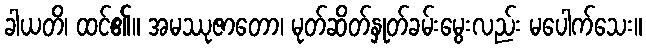
ခါယတိ၊ ထင်၏။ အမဿုဇာတော၊ မုတ်ဆိတ်နှုတ်ခမ်းမွေးလည်း မပေါက်သေး။